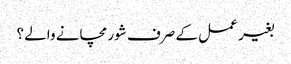
بغیر عمل کے صرف شور مچانے والے ؟